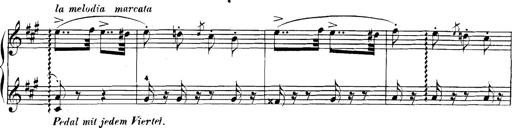
Title: Spinnerlied aus dem Fliegenden HollÃ¤nder
Composer: Franz Liszt